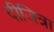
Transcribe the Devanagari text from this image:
दीजित्रा